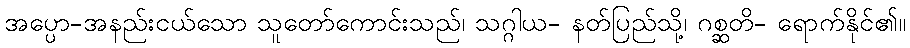
အပ္ပော-အနည်းငယ်သော သူတော်ကောင်းသည်၊ သဂ္ဂါယ- နတ်ပြည်သို့၊ ဂစ္ဆတိ- ရောက်နိုင်၏။